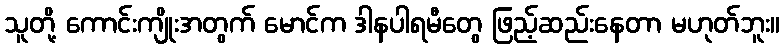
သူတို့ ကောင်းကျိုးအတွက် မောင်က ဒါနပါရမီတွေ ဖြည့်ဆည်းနေတာ မဟုတ်ဘူး။